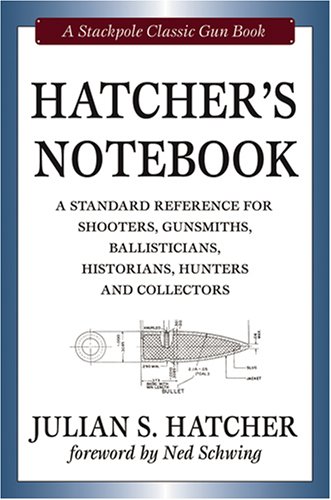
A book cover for Hatcher's Notebook, Revised Edition (Classic Gun Books Series); Julian S. Hatcher; Crafts, Hobbies & Home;